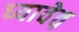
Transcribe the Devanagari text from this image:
घ्यावेत़